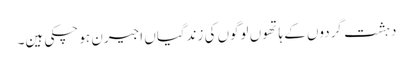
دہشت گردوں کے ہاتھوں لوگوں کی زندگیاں اجیرن ہو چکی ہین۔